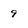
Character: 9